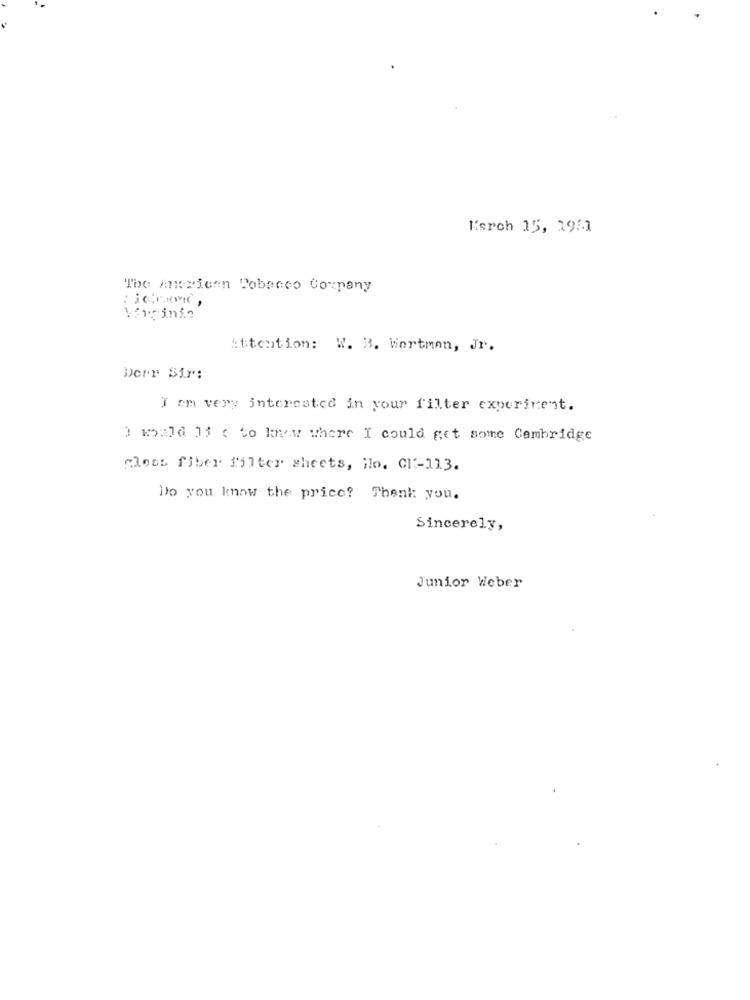
Kisrch 15, 191.1
The mexican Tobacco Company
Virginia
Attention: W. B. Wortman, Jr.
Dorr Sir:
I am very interested in your filter experiment.
) kold 1 ( to know where I could get some Cambridge
"loss fiber filter sheets, ilo. Cl-113.
Do you know the price? Thank you.
Sincerely,
Junior Weber